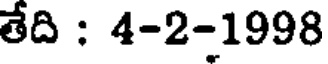
తేది : 4-2-1998